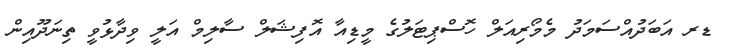
ޑރ އަބަދުއްސަމަދު މެމޯރިއަލް ހޮސްޕިޓަލުގެ މީޑިއާ އޮފިޝަލް ސާލިމް އަލީ ވިދާޅުވީ ތިނަދޫއިން